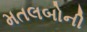
મતલબોની